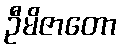
ဦမိဇာတော